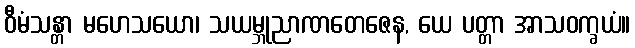
ဝီမံသန္တာ မဟေသယော၊ သယမ္ဘုညာဏတေဇေန, ယေ ပတ္တာ အာသဝက္ခယံ။